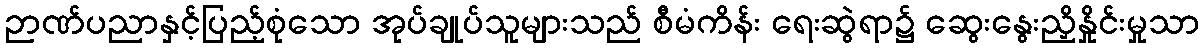
ဉာဏ်ပညာနှင့်ပြည့်စုံသော အုပ်ချုပ်သူများသည် စီမံကိန်း ရေးဆွဲရာ၌ ဆွေးနွေးညှိနှိုင်းမှုသာ